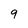
Character: 9